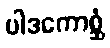
ပါဒကောစ္ဆံ